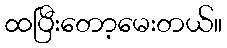
ထပြီးတော့မေးတယ်။